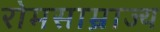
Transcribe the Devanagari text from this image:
रोमसाम्राज्य